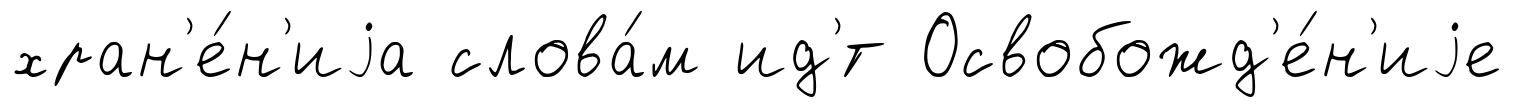
хран'е́н'иjа слова́м ид'́т Освобожд'е́н'иjе